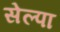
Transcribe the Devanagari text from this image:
सेल्पा